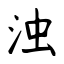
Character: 浊